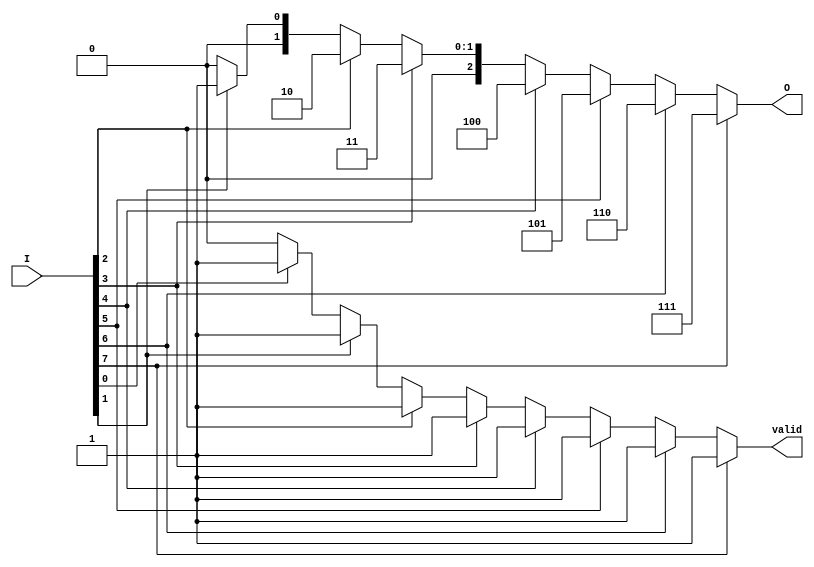
module encoder_8to3 (
    input  wire [7:0] I, // 8 input lines
    output reg  [2:0] O, // 3-bit output
    output reg        valid // Output to indicate if the input is valid
);

    always @(*) begin
        // Default values
        O = 3'b000; // Default output
        valid = 1'b0; // Default invalid state

        // Priority encoding logic
        if (I[7]) begin
            O = 3'b111; // Output for I7
            valid = 1'b1;
        end else if (I[6]) begin
            O = 3'b110; // Output for I6
            valid = 1'b1;
        end else if (I[5]) begin
            O = 3'b101; // Output for I5
            valid = 1'b1;
        end else if (I[4]) begin
            O = 3'b100; // Output for I4
            valid = 1'b1;
        end else if (I[3]) begin
            O = 3'b011; // Output for I3
            valid = 1'b1;
        end else if (I[2]) begin
            O = 3'b010; // Output for I2
            valid = 1'b1;
        end else if (I[1]) begin
            O = 3'b001; // Output for I1
            valid = 1'b1;
        end else if (I[0]) begin
            O = 3'b000; // Output for I0
            valid = 1'b1;
        end
    end

endmodule